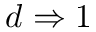
d \Rightarrow 1